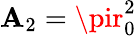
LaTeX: \mathbf{A}_{2}=\pir_{0}^{2}